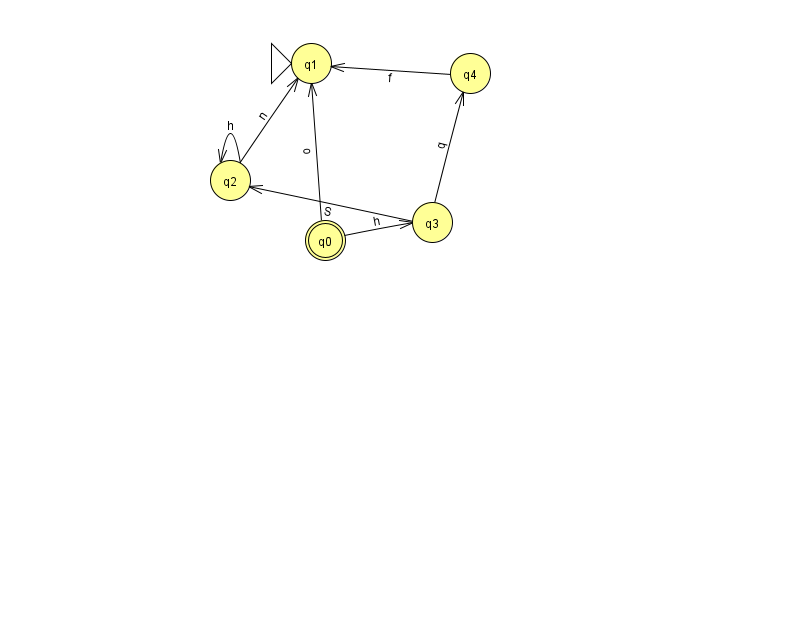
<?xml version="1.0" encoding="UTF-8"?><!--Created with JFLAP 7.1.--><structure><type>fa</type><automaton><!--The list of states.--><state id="0" name="q0"><x>325.0</x><y>227.0</y><final/></state><state id="1" name="q1"><x>311.0</x><y>50.0</y><initial/></state><state id="2" name="q2"><x>230.0</x><y>167.0</y></state><state id="3" name="q3"><x>432.0</x><y>209.0</y></state><state id="4" name="q4"><x>470.0</x><y>60.0</y></state><!--The list of transitions.--><transition><from>0</from><to>1</to><read>o</read></transition><transition><from>0</from><to>3</to><read>h</read></transition><transition><from>2</from><to>1</to><read>n</read></transition><transition><from>2</from><to>2</to><read>h</read></transition><transition><from>3</from><to>2</to><read>S</read></transition><transition><from>3</from><to>4</to><read>q</read></transition><transition><from>4</from><to>1</to><read>f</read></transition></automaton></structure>